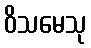
ဝိသမေသု